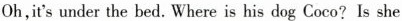
Oh,it's under the bed. Where is his dog Coco? Is she under the bed? Is she